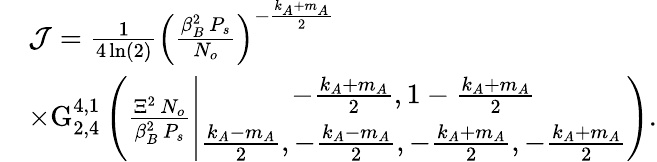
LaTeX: \begin{array}{rl}&{\mathcal{J}=\frac{1}{4\ln(2)}\left(\frac{\beta_{B}^{2}\, P_{s}}{N_{o}}\right)^{-\frac{k_{A}+m_{A}}{2}}}\\ &{\times\mathrm{G}_{2,4}^{4,1}\left(\frac{\Xi^{2}\, N_{o}}{\beta_{B}^{2}\, P_{s}}\left|\begin{array}{c}{-\frac{k_{A}+m_{A}}{2},1-\frac{k_{A}+m_{A}}{2}}\\ {\frac{k_{A}-m_{A}}{2},-\frac{k_{A}-m_{A}}{2},-\frac{k_{A}+m_{A}}{2},-\frac{k_{A}+m_{A}}{2}}\end{array}\right.\right).}\end{array}